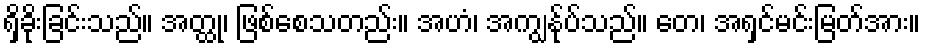
ရှိခိုးခြင်းသည်။ အတ္ထု၊ ဖြစ်စေသတည်း။ အဟံ၊ အကျွန်ုပ်သည်။ တေ၊ အရှင်မင်းမြတ်အား။